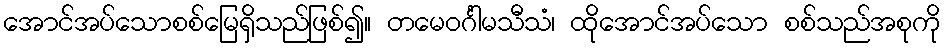
အောင်အပ်သောစစ်မြေရှိသည်ဖြစ်၍။ တမေဝင်္ဂါမသီသံ၊ ထိုအောင်အပ်သော စစ်သည်အစုကို